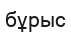
бұрыс